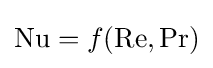
\mathrm {Nu} =f(\mathrm {Re} ,\mathrm {Pr} )